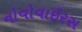
નોવોવાઈરસ